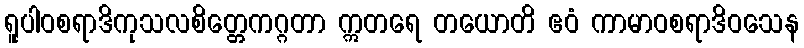
ရူပါဝစရာဒိကုသလစိတ္တေကဂ္ဂတာ ဣတရေ တယောတိ ဧဝံ ကာမာဝစရာဒိဝသေန